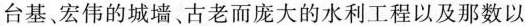
台基宏伟的城墙、古老而庞大的水利工程以及那数以